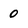
Character: 0